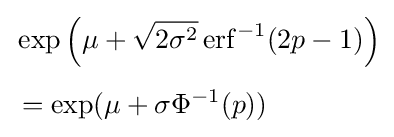
{\begin{aligned}&\exp \left(\mu +{\sqrt {2\sigma ^{2}}}\operatorname {erf} ^{-1}(2p-1)\right)\\[1ex]&=\exp(\mu +\sigma \Phi ^{-1}(p))\end{aligned}}